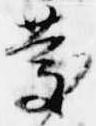
慶